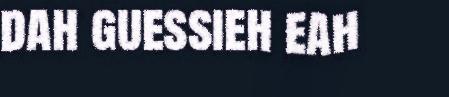
dah guessieh eah